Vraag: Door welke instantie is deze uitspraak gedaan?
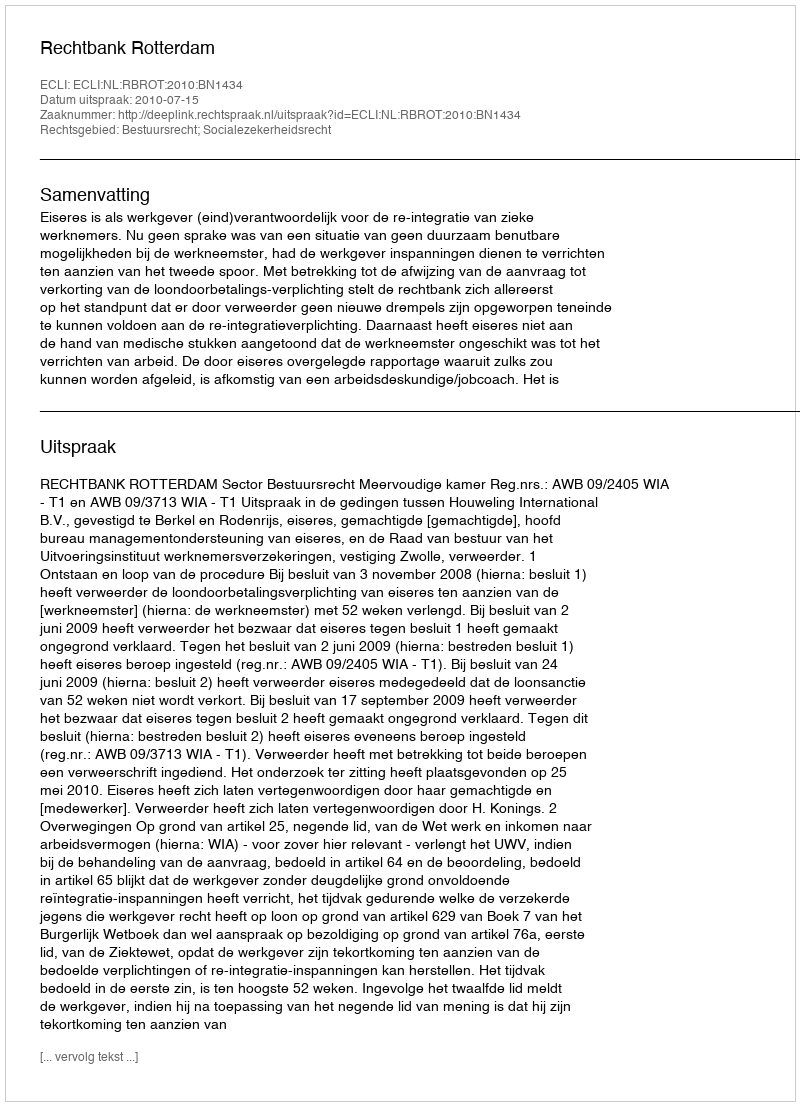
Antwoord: Rechtbank Rotterdam